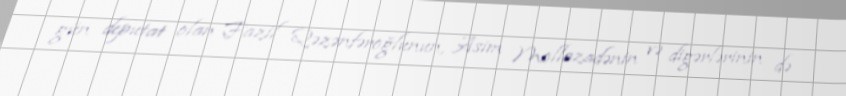
gün deputat olan Fazil Qəzənfəroğlunun, Asim Mollazadənin və digərlərinin də